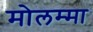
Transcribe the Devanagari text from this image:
मोलम्मा